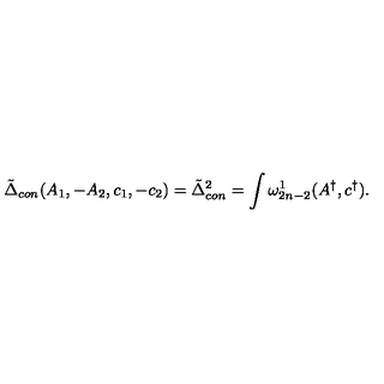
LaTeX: \tilde { \Delta } _ { c o n } ( A _ { 1 } , - A _ { 2 } , c _ { 1 } , - c _ { 2 } ) = \tilde { \Delta } _ { c o n } ^ { 2 } = \int \omega _ { 2 n - 2 } ^ { 1 } ( A ^ { \dagger } , c ^ { \dagger } ) .